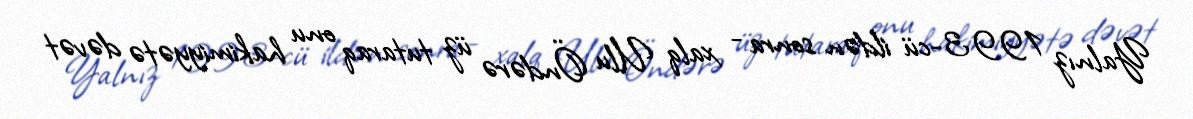
Yalnız 1993-cü ildən sonra - xalq Ulu Öndərə üz tutaraq onu hakimiyyətə dəvət